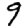
Digit: 9